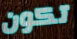
تكون